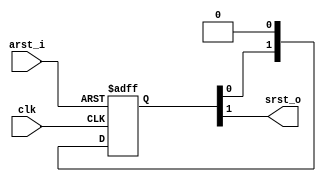
//******************************************************************************
//  Details :
//******************************************************************************
module rst_sync (
    input       clk     ,
    input       arst_i  ,
    output      srst_o
);

reg     [1:0]   rst_sync;

always @ (posedge clk or posedge arst_i)
    if(arst_i)
        rst_sync <= 2'b11;
    else
        rst_sync <= {rst_sync[0], 1'b0};

assign srst_o = rst_sync[1];

endmodule